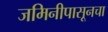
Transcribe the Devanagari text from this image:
जमिनीपासूनचा